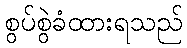
စွပ်စွဲခံထားရသည်